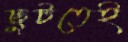
ছুটতেই